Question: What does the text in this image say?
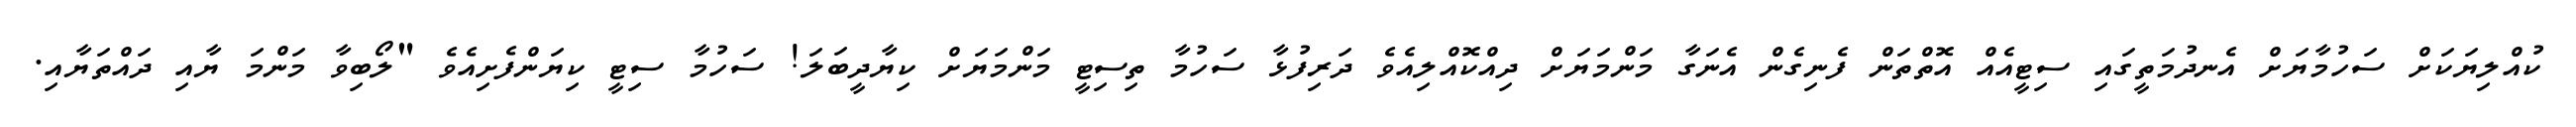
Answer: ކުއްލިޔަކަށް ސަހުމާޔަށް އެނދުމަތީގައި ސިޓީއެއް އޮތްތަން ފެނިގެން އެނަގާ މަންމަޔަށް ދިއްކޮއްލިއެވެ ދަރިފުޅާ ސަހުމާ ތިސިޓީ މަންމަޔަށް ކިޔާދީބަލަ! ސަހުމާ ސިޓީ ކިޔަންފެށިއެވެ "ލޯބިވާ މަންމަ ޔާއި ދައްތަޔާއި.